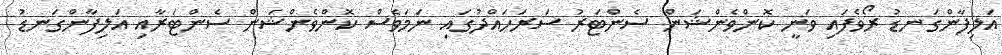
އަލިފާންގަނޑު ރޯވެފައި ވަނީ ކޮންވެންޝަން ސެންޓަރު ސަރަހައްދުގައި ނަމަވެސް ކޮންވެންޝަން ސެންޓަރާއި އަލިފާންގަނޑު